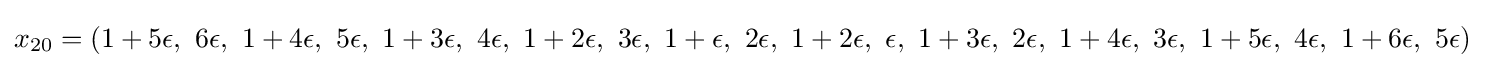
x_{20}=(1+5\epsilon ,\ 6\epsilon ,\ 1+4\epsilon ,\ 5\epsilon ,\ 1+3\epsilon ,\ 4\epsilon ,\ 1+2\epsilon ,\ 3\epsilon ,\ 1+\epsilon ,\ 2\epsilon ,\ 1+2\epsilon ,\ \epsilon ,\ 1+3\epsilon ,\ 2\epsilon ,\ 1+4\epsilon ,\ 3\epsilon ,\ 1+5\epsilon ,\ 4\epsilon ,\ 1+6\epsilon ,\ 5\epsilon )